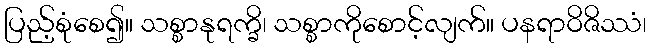
ပြည့်စုံစေ၍။ သစ္စာနုရက္ခိ၊ သစ္စာကိုစောင့်လျက်။ ပနရာဝိဇိဿံ၊